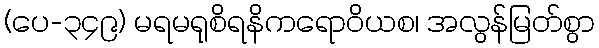
(ပေ-၃၄၉) မရမရုစိရနိကရောဝိယစ၊ အလွန်မြတ်စွာ